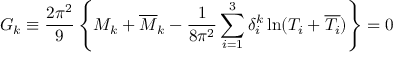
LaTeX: { \cal G } _ { k } \equiv \frac { 2 \pi ^ { 2 } } { 9 } \left\{ M _ { k } + { \overline { { M } } _ { k } } - \frac { 1 } { 8 \pi ^ { 2 } } \sum _ { i = 1 } ^ { 3 } \delta _ { i } ^ { k } \ln ( T _ { i } + { \overline { { { T _ { i } } } } } ) \right\} = 0